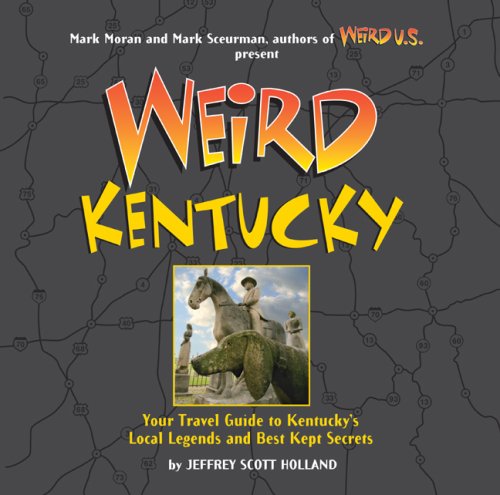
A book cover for Weird Kentucky: Your Travel Guide to Kentucky's Local Legends and Best Kept Secrets; Jeffrey Scott Holland; Humor & Entertainment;